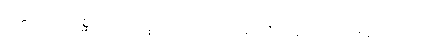
ပက္ကုသကို။ ပုစ္ဆာမိ၊ မေးအံ့။ တတော၊ ထိုမေးအံ့ဟုဆိုအပ်သောစကားထက်။